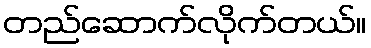
တည်ဆောက်လိုက်တယ်။